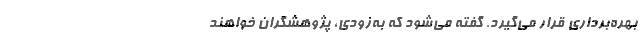
بهره‌برداری قرار می‌گیرد. گفته می‌شود که به‌زودی، پژوهشگران خواهند